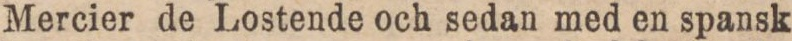
Mercier de Lostende och sedan med en spansk